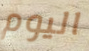
اليوم